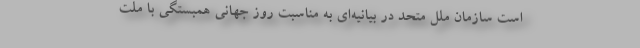
است سازمان ملل متحد در بیانیه‌ای به مناسبت روز جهانی همبستگی با ملت